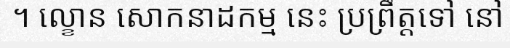
។ ល្ខោន សោកនាដកម្ម នេះ ប្រព្រឹត្តទៅ នៅ